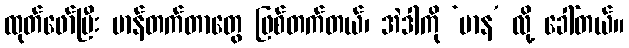
ထုတ်ဖော်ပြီး မာန်တက်တာတွေ ဖြစ်တက်တယ်၊ အဲဒါကို ‘မာန’ လို့ ခေါ်တယ်။